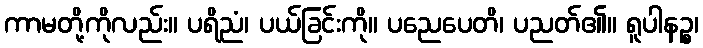
ကာမတို့ကိုလည်း။ ပရိညံ၊ ပယ်ခြင်းကို။ ပညေပေတိ၊ ပညတ်၏။ ရူပါနဉ္စ၊